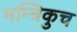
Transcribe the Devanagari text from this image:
मन्त्रिकुच